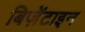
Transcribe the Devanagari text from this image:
बिज़ेंटाइन